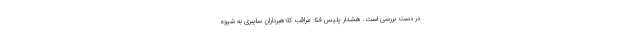
در دست بررسی است. هشدار پلیس فتا: مراقب کلاهبرداران سایبری به شیوه